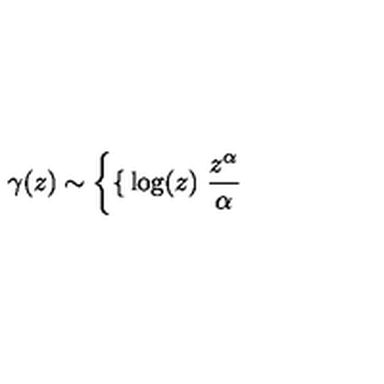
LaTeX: \gamma ( z ) \sim \left\{ \begin{cases} { \log ( z ) } \\ { \frac { z ^ { \alpha } } { \alpha } } \\ \end{cases} \right.